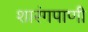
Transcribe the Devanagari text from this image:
शारंगपाणी